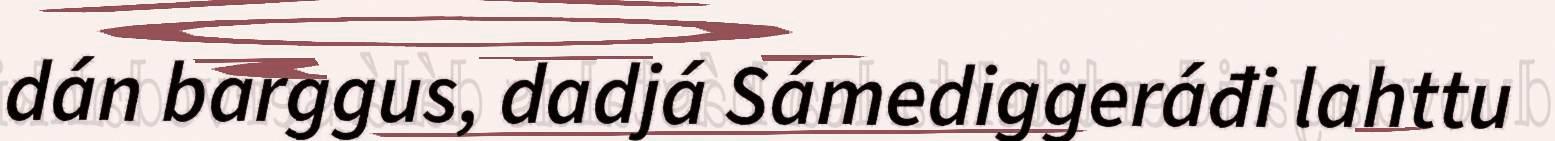
dán barggus, dadjá Sámediggeráđi lahttu